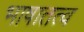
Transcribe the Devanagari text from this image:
भाषातत्व